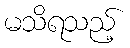
မသိရသည့်